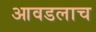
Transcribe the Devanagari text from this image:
आवडलाच